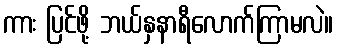
ကား ပြင်ဖို့ ဘယ်နှနာရီလောက်ကြာမလဲ။